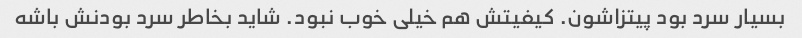
بسیار سرد بود پیتزاشون. کیفیتش هم خیلی خوب نبود. شاید بخاطر سرد بودنش باشه